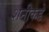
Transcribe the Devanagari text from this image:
शनीकडे